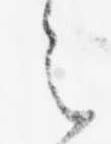
之